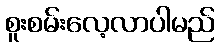
စူးစမ်းလေ့လာပါမည်